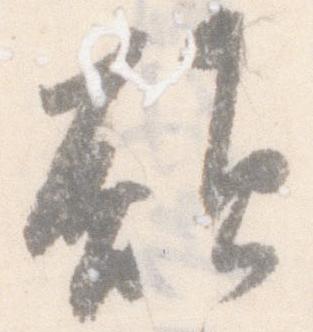
願